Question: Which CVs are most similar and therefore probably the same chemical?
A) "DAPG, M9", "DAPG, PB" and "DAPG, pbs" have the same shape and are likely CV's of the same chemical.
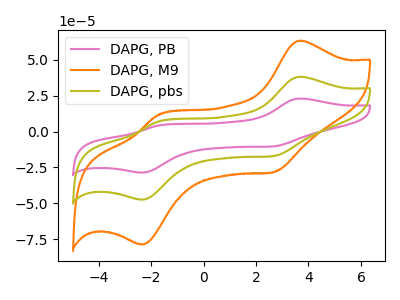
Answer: <think>The pink curve "DAPG, PB" has anodic peaks at (3.70V, 76.40uA) (-1.75V, 13.85uA) and cathodic peaks at (2.70V, -33.95uA) (-2.35V, -94.90uA). The orange curve "DAPG, M9" has anodic peaks at (3.70V, 63.35uA) (-1.75V, 11.50uA) and cathodic peaks at (2.70V, -28.15uA) (-2.35V, -78.70uA). The olive curve "DAPG, pbs" has anodic peaks at (3.70V, 38.20uA) (-1.75V, 6.95uA) and cathodic peaks at (2.70V, -17.00uA) (-2.35V, -47.45uA).
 All the peaks in "DAPG, PB" have a peak in "DAPG, M9" at the same potential. Every peak in "DAPG, PB" is higher than every peak in "DAPG, M9". All the peaks in "DAPG, PB" have a peak in "DAPG, pbs" at the same potential. Every peak in "DAPG, PB" is higher than every peak in "DAPG, pbs". All the peaks in "DAPG, M9" have a peak in "DAPG, pbs" at the same potential. Every peak in "DAPG, M9" is higher than every peak in "DAPG, pbs".</think>
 <answer>A) "DAPG, M9", "DAPG, PB" and "DAPG, pbs" have the same shape and are likely CV's of the same chemical.</answer>
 <eval>A</eval>